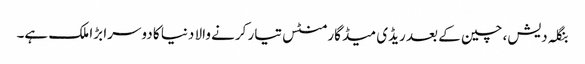
بنگلہ دیش، چین کے بعد ریڈی میڈ گارمنٹس تیار کرنے والا دنیا کا دوسرا بڑا ملک ہے۔